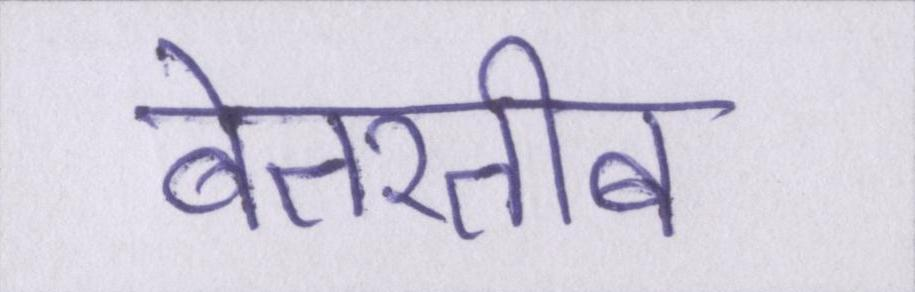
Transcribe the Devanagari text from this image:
बेतरतीब